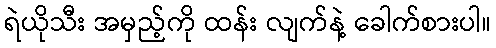
ရဲယိုသီး အမှည့်ကို ထန်း လျက်နဲ့ ခေါက်စားပါ။